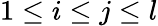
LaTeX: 1\leq i\leq j\leq l